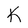
Character: K